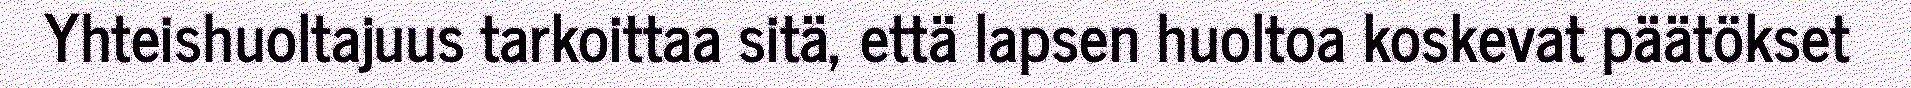
Yhteishuoltajuus tarkoittaa sitä, että lapsen huoltoa koskevat päätökset